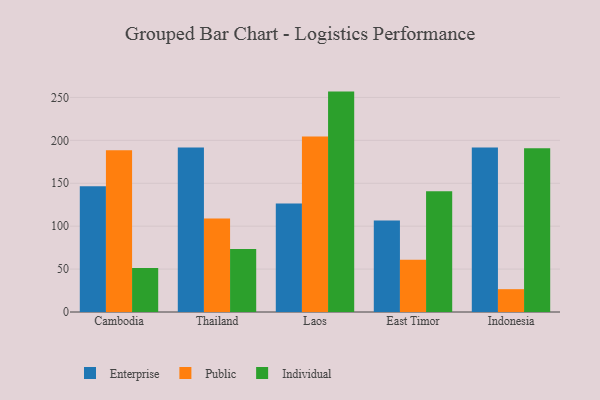
{"axis": {"x": "Country", "y": "Bounce Rate (%)"}, "legend": ["Enterprise", "Individual", "Public"], "data": [{"x": "Cambodia", "y": 146.5, "type": "Enterprise"}, {"x": "Cambodia", "y": 188.4, "type": "Public"}, {"x": "Cambodia", "y": 51.2, "type": "Individual"}, {"x": "Thailand", "y": 191.8, "type": "Enterprise"}, {"x": "Thailand", "y": 109.0, "type": "Public"}, {"x": "Thailand", "y": 73.5, "type": "Individual"}, {"x": "Laos", "y": 126.5, "type": "Enterprise"}, {"x": "Laos", "y": 204.6, "type": "Public"}, {"x": "Laos", "y": 256.8, "type": "Individual"}, {"x": "East Timor", "y": 106.7, "type": "Enterprise"}, {"x": "East Timor", "y": 60.8, "type": "Public"}, {"x": "East Timor", "y": 140.6, "type": "Individual"}, {"x": "Indonesia", "y": 191.7, "type": "Enterprise"}, {"x": "Indonesia", "y": 26.6, "type": "Public"}, {"x": "Indonesia", "y": 190.9, "type": "Individual"}]}